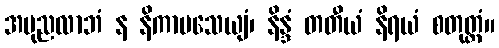
အပုညလာဘံ န နိကာမသေယျံ၊ နိန္ဒံ တတီယံ နိရယံ စတုတ္ထံ။